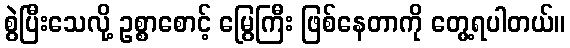
စွဲပြီးသေလို့ ဥစ္စာစောင့် မြွေကြီး ဖြစ်နေတာကို တွေ့ရပါတယ်။